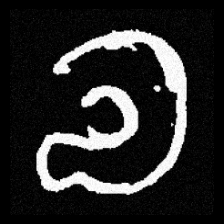
Pyu character \u2014 Myanmar letter: လ (romanized: la)